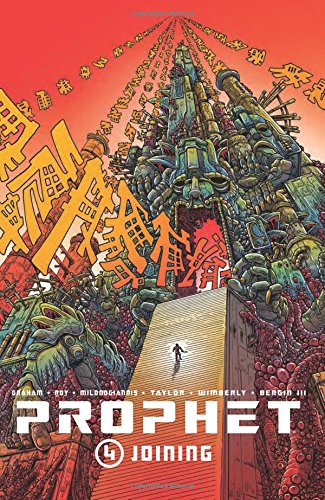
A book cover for Prophet Volume 4: Joining (Prophet Tp); Brandon Graham; Science Fiction & Fantasy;